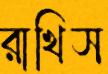
রাখিস